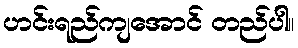
ဟင်းရည်ကျအောင် တည်ပါ။